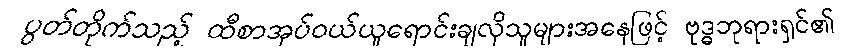
ပွတ်တိုက်သည့် ထီစာအုပ်ဝယ်ယူရောင်းချလိုသူများအနေဖြင့် ဗုဒ္ဓဘုရားရှင်၏